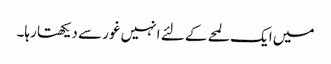
میں ایک لمحے کے لئے انہیں غور سے دیکھتا رہا۔